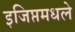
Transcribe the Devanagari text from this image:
इजिप्तमधले